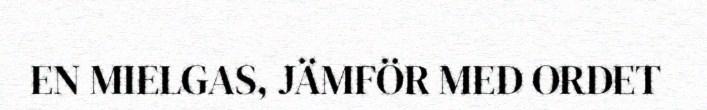
EN MIELGAS, JÄMFÖR MED ORDET